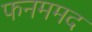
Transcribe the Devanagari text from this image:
फनममद